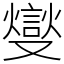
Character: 燮